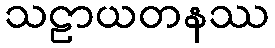
သဠာယတနဿ